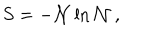
LaTeX: S = - { \cal N } \ln { \cal N } \, ,